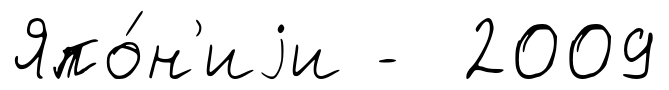
Япо́н'иjи - 2009